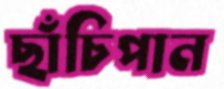
ছাঁচিপান